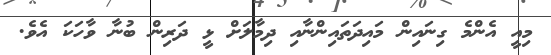
މިއީ އެންމެ ގިނައިން މައިދަތައިންނާއި ދިމާލަށް ޅީ ދަރިން ބުނާ ވާހަކަ އެވެ.